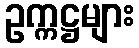
ဥက္ကဋ္ဌများ